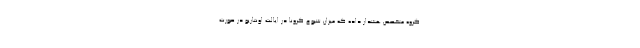
گروه متخصص هشدار داده‌ که میزان شیوع کرونا در ایالت اونتاریو در صورت